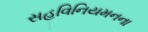
સહવિનિયમનના